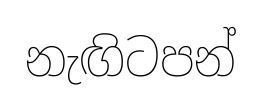
නැඟිටපන්